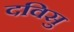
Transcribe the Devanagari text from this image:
दविसु